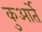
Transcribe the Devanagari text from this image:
कुआर्ते